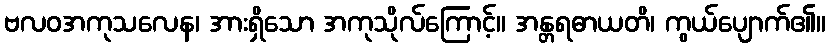
ဗလဝအကုသလေန၊ အားရှိသော အကုသိုလ်ကြောင့်။ အန္တရဓာယတိ၊ ကွယ်ပျောက်၏။